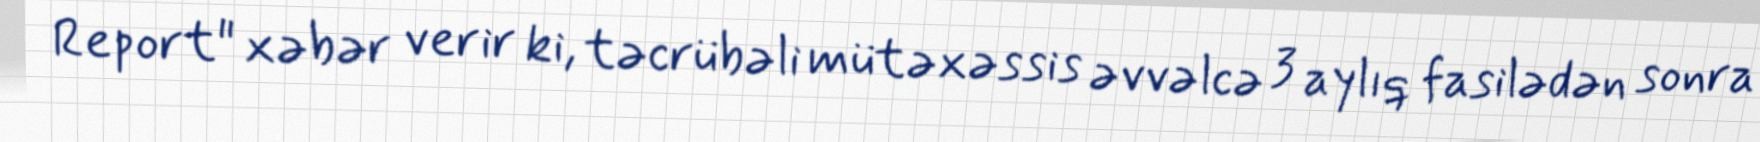
Report" xəbər verir ki, təcrübəli mütəxəssis əvvəlcə 3 aylıq fasilədən sonra